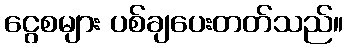
ငွေစများ ပစ်ချပေးတတ်သည်။